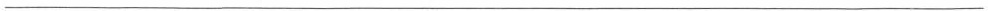
___